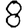
Digit: 8